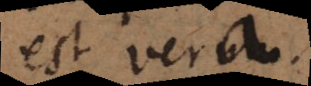
est vera.